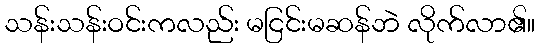
သန်းသန်းဝင်းကလည်း မငြင်းမဆန်ဘဲ လိုက်လာ၏။